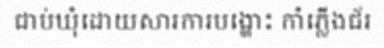
ជាប់ឃុំដោយសារការបង្ហោះ កាំភ្លើងជ័រ